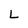
Character: L